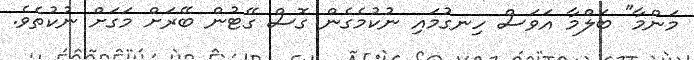
މަންމާ" ބަލްމާ އަވަސް ހިނގުމައި ނުކުމެގެން ގޮސް ގޭޓުން ބޭރަށް މަގަށް ނުކުތެވެ.